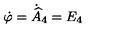
\dot { \varphi } = \dot { \widehat { A } } _ { 4 } = E _ { 4 }